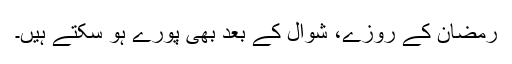
رمضان کے روزے، شوال کے بعد بھی پورے ہو سکتے ہیں۔